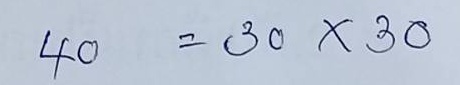
40 = 30x30